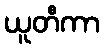
ယူတီကာ